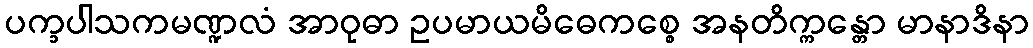
ပက္ခပါသကမဏ္ဍလံ အာဝုဓာ ဥပမာယမိဓေကစ္စေ အနတိက္ကန္တော မာနာဒိနာ